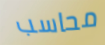
محاسب